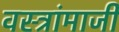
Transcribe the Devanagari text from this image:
वस्त्रांमाजी